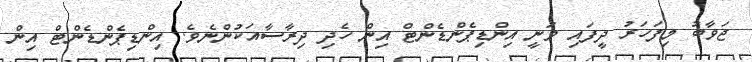
ޖަވާބު މިފަހަރު ދީފައި ވަނީ އިންޑިޕެންޑެންޓް އިން ހެދި ދިރާސާއަކުންނެވެ. އިންޑިޕެންޑެންޓް އިން